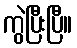
ကွဲပြီးပြီ။